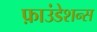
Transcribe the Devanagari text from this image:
फ़ाउंडेशन्स